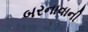
બરનાવાની